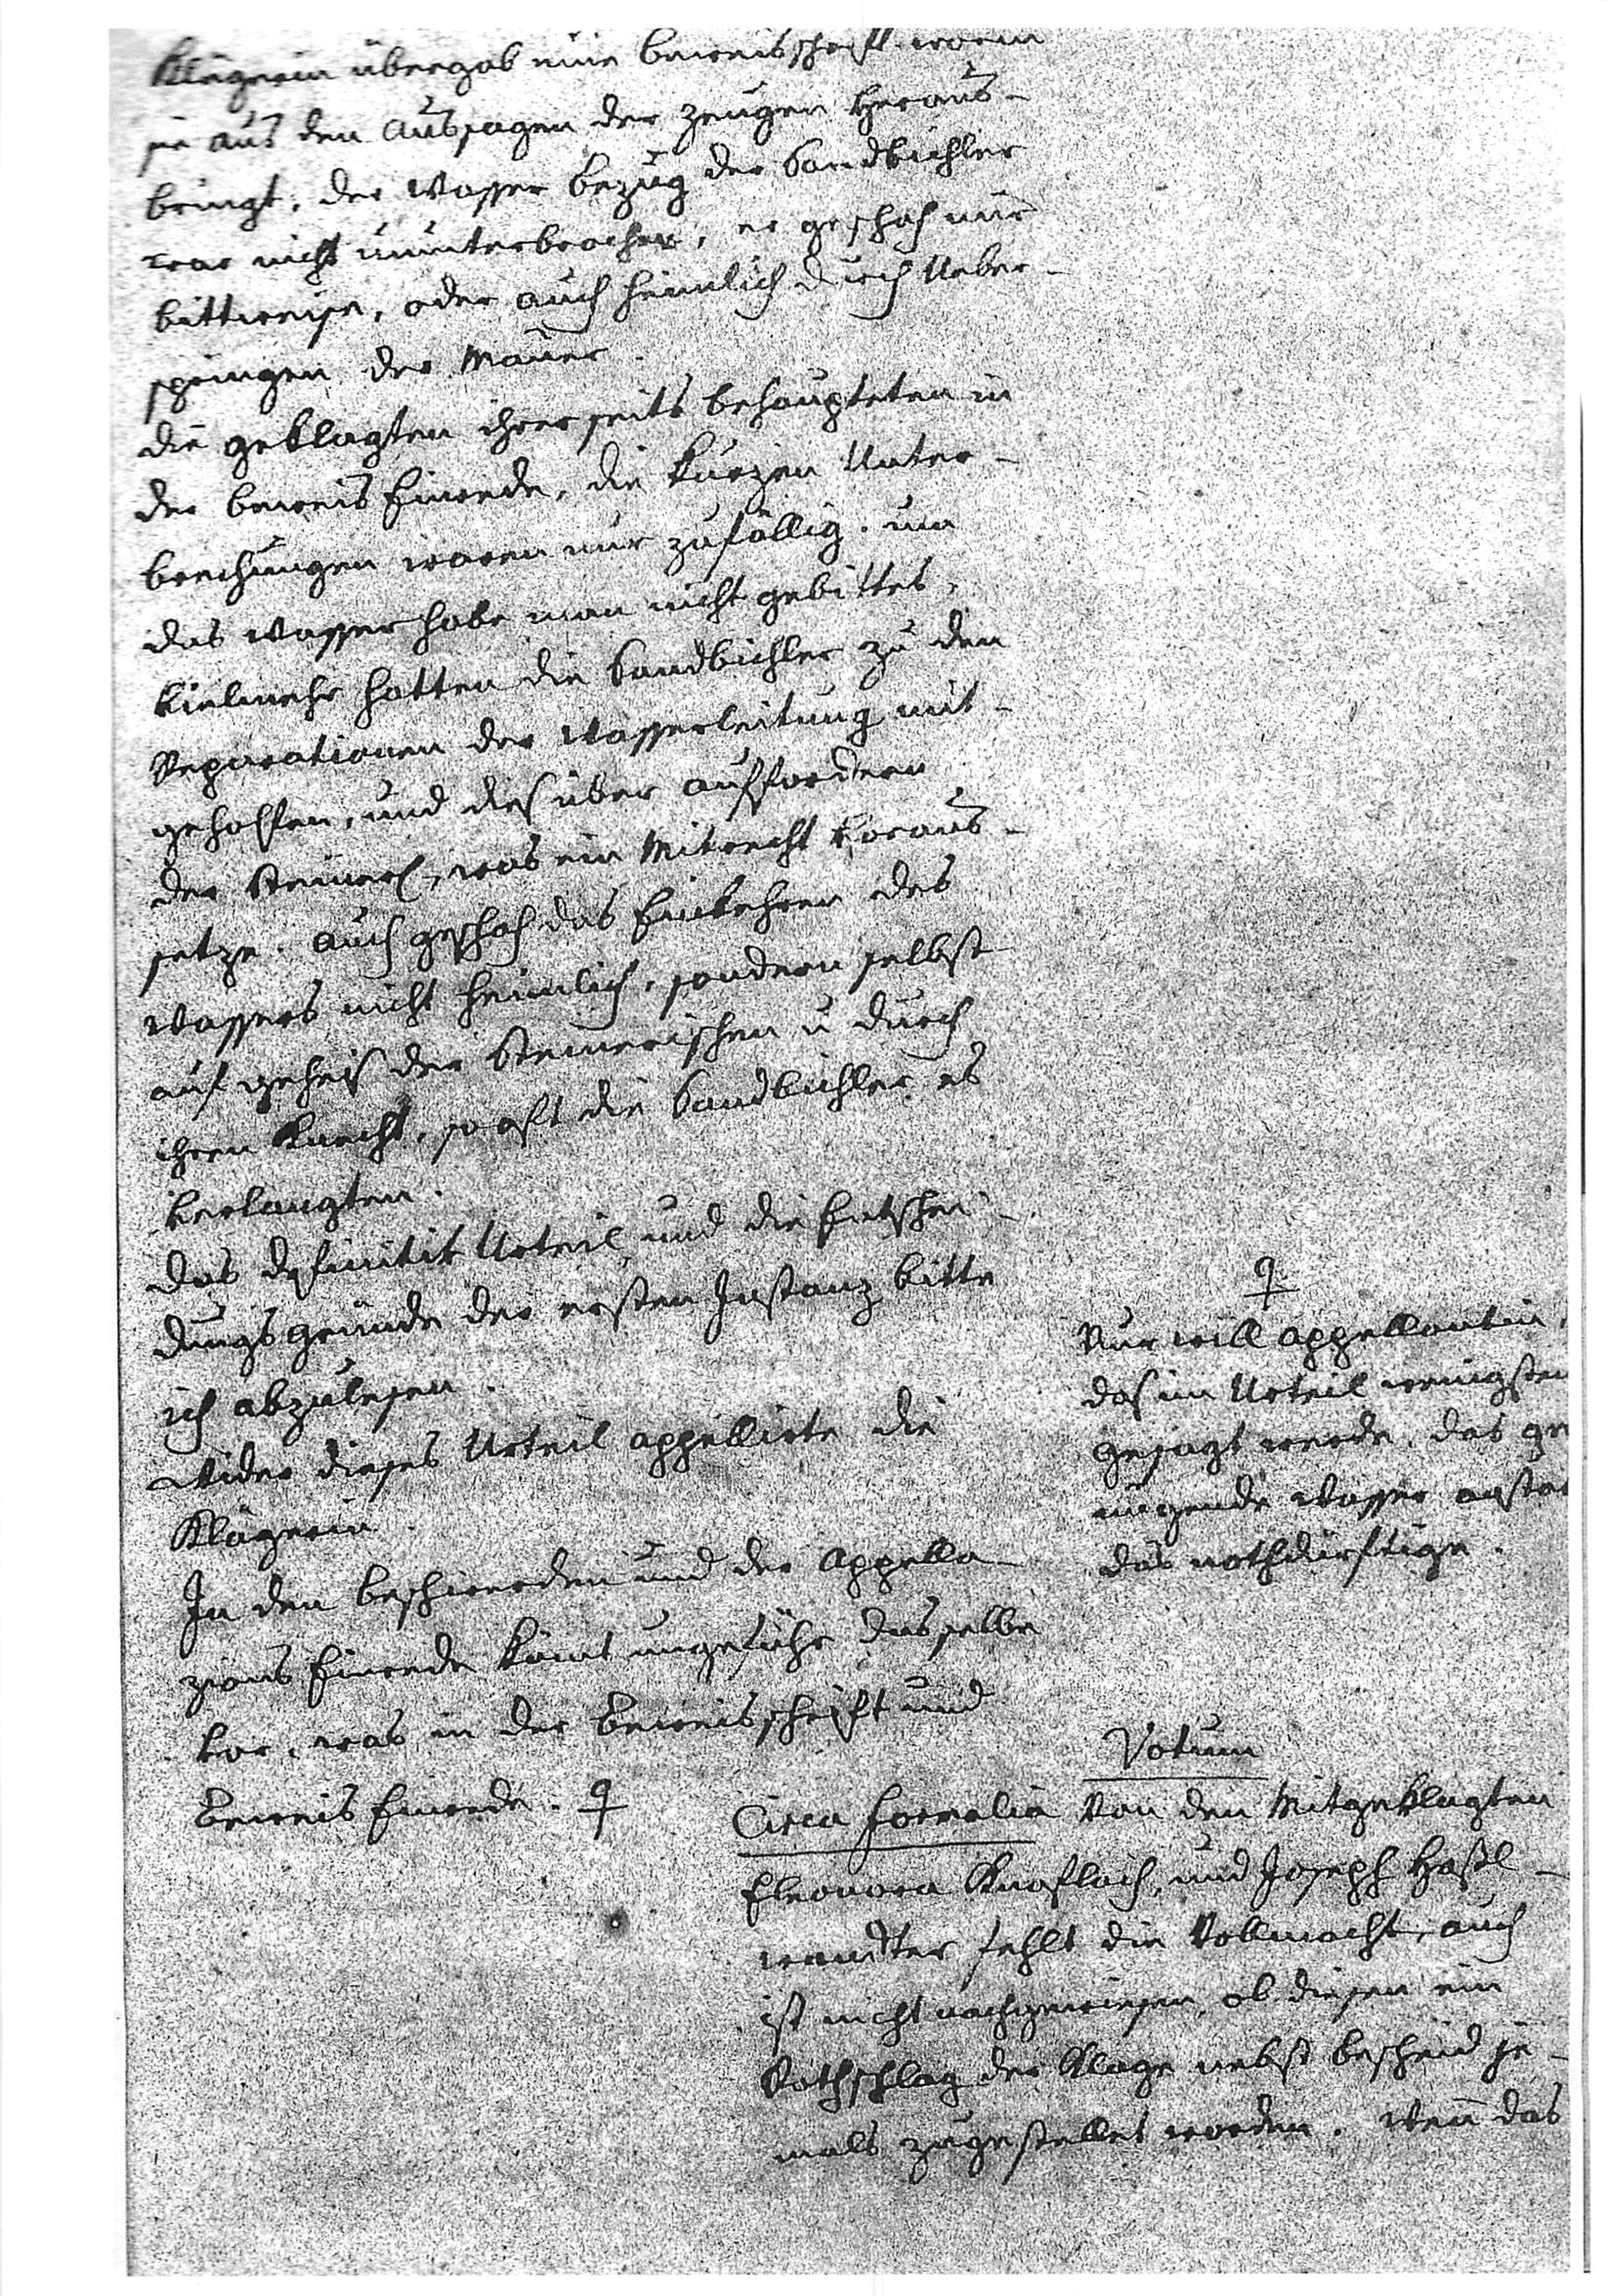
Klägerin übergab eine Beweisschrift, worin
sie aus den Aussagen der Zeugen heraus¬
bringt, der Wasser Bezug der Sandbichler
war nicht ununterbrochen, er geschah nur
bittweise, oder auch heimlich durch Ueber¬
springen der Mauer.
Die Geklagten ihrerseits behaupteten in
der Beweis Einrede, die kurzen Unter¬
brechungen waren nur zufällig. Um
das Wasser habe man nicht gebittet,
vielmehr hatten die Sandbichler zu den
Reparationen der Wasserleitung mit¬
geholfen, und dies über Auffordern
der Steiner, was ein Mitrecht voraus¬
setze. Auch geschah das Einkehren des
Wassers nicht heimlich, sondern selbst
auf geheiß der Steinerischen und durch
ihren Knecht, so oft die Sandbichler es
verlangten.
Das definitiv Urteil und die Entschei¬
dungsgründe der ersten Instanz bitte
ich abzulesen.
Wider dieses Urteil appellierte die
Klägerin.
In den Beschwerden und der appela¬
zions Einrede kömmt ungefähr das selbe
vor, was in der Beweisschrift und
Beweis Einrede. #

#
Nur will Appellantin,
das im Urteil wenigstens
gesagt werde, daß ge
im grunde Wasser ansta
das nothdürftige.

Votum
Circa Formalia von den Mitgeklagten
Eleonora Knoflach, und Joseph Haßl¬
wandter fehlt die Vollmacht, auch
ist nicht nachgewiesen, ob diesem ein
Rathschlag der Klage nebst Bescheid je¬
mals zugestellt worden. Wenn das